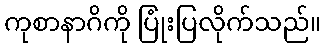
ကုစာနာဂိကို ပြုံးပြလိုက်သည်။